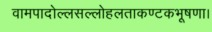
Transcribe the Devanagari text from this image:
वामपादोल्लसल्लोहलताकण्टकभूषणा।